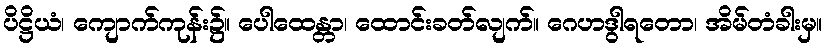
ပိဋ္ဌိယံ၊ ကျောက်ကုန်း၌။ ပေါထေန္တာ၊ ထောင်းခတ်လျက်။ ဂေဟဒွါရတော၊ အိမ်တံခါးမှ။